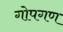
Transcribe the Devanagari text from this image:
गोपगण